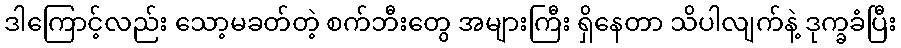
ဒါကြောင့်လည်း သော့မခတ်တဲ့ စက်ဘီးတွေ အများကြီး ရှိနေတာ သိပါလျက်နဲ့ ဒုက္ခခံပြီး